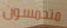
متحمسون